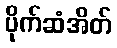
ပိုက်ဆံအိတ်